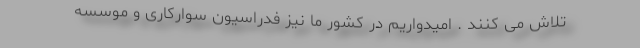
تلاش می کنند . امیدواریم در کشور ما نیز فدراسیون سوارکاری و موسسه